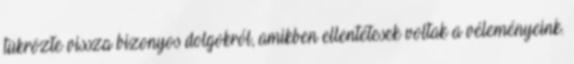
tükrözte vissza bizonyos dolgokról, amikben ellentétesek voltak a véleményeink.